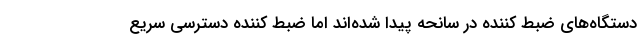
دستگاه‌های ضبط کننده در سانحه پیدا شده‌اند اما ضبط کننده دسترسی سریع